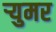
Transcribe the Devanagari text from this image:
र्‍युमर